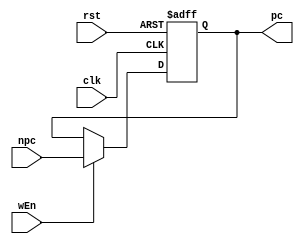
module PC (
    input clk,
    input rst,
    input wEn,//load-usepc
    input [31:0] npc,
    output reg [31:0]pc
);
always @(posedge clk or negedge rst)begin//pc
    if(!rst)pc<=32'h00003000;//MarsMemory Configuration
    else if(wEn)begin
        pc<=npc;
    end
end
endmodule